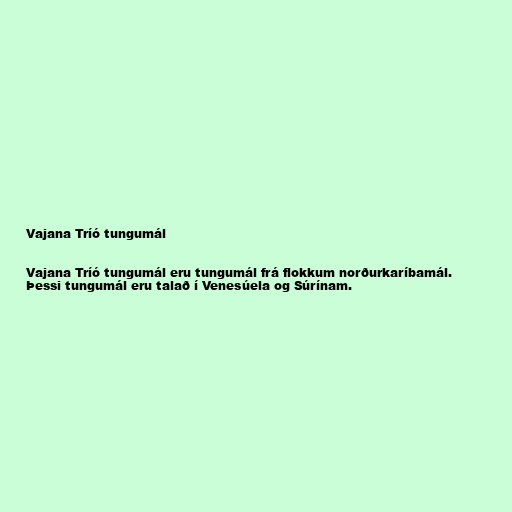
Vajana Tríó tungumál

Vajana Tríó tungumál eru tungumál frá flokkum norðurkaríbamál.
Þessi tungumál eru talað í Venesúela og Súrínam.